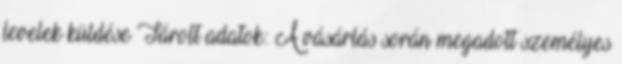
levelek küldése Tárolt adatok: A vásárlás során megadott személyes